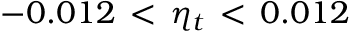
- 0 . 0 1 2 \, < \, \eta _ { t } \, < \, 0 . 0 1 2